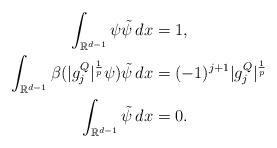
LaTeX: \begin{align*}\int_{\mathbb{R}^{d-1}}\psi\tilde \psi\, dx &= 1,\\\int_{\mathbb{R}^{d-1}}\beta(|g_j^Q|^\frac{1}{p}\psi)\tilde \psi\, dx &=(-1)^{j+1} |g_j^Q|^\frac{1}{p}\\\int_{\mathbb{R}^{d-1}}\tilde \psi \, dx&= 0.\end{align*}